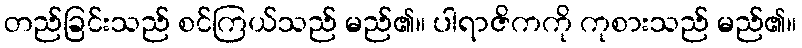
တည်ခြင်းသည် စင်ကြယ်သည် မည်၏။ ပါရာဇိကကို ကုစားသည် မည်၏။